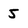
Character: 5